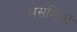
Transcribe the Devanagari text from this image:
असमियों